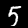
Digit: 5